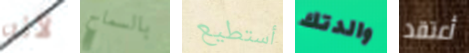
لأنه بالسماح أستطيع والدتك أعتقد